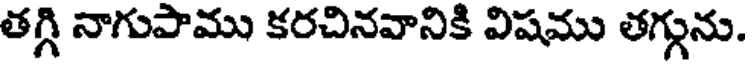
తగ్గి నాగుపాము కరచినవానికి విషము తగ్గును.